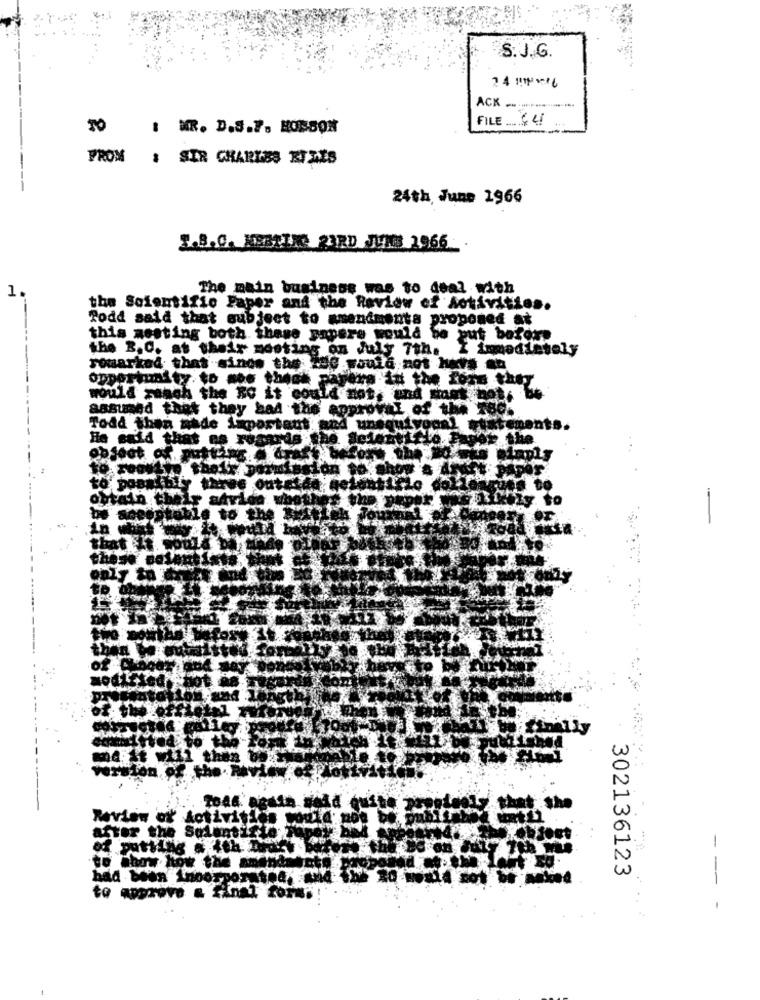
S. J.G.
ACK .......................
FILE €4
TO
: . D.S.7. HOSSON
FROM
: SIR CHARLES KIMES
24th June 1966
3.B.C. HBBTIK: 23RD JUNE 2966
The main business was to deal with
1.
the Scientific Paper and the Review of Activities.
Todd said that subject to amendmenta proposed at
this nesting both these sapere would be put before
the B.C. at their meeting on July 7th. I immediately
romarked that since the de would not hets su
Opportunity to mos theak parere in the fons they
would ranch the BO it could not, and shek not.
assumed that they bad the approval of the 180.
Todd then made Important and unequt yoon!
ents.
He said that es regards the delentif
Lo do
ytain the
-
to
Review of Activities
after the Soientisto!
-
to show how the
302136123
had been incorporate4.
-
to approve & final form.
.. .